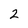
Character: 2